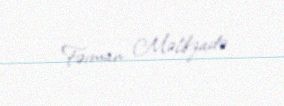
Fərman Məlikzadə